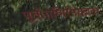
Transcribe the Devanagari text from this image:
पूर्वपाणिनिकाल